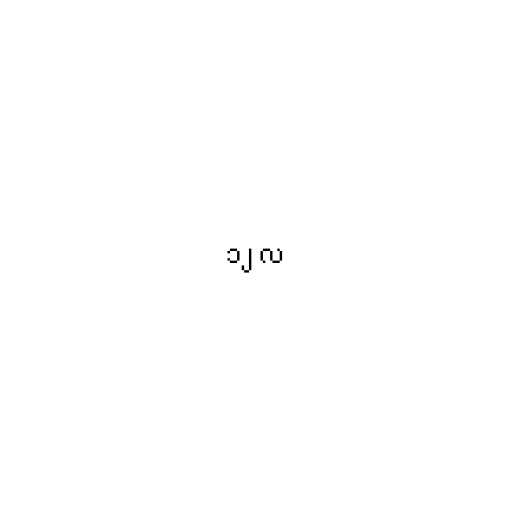
၁၂ လ